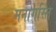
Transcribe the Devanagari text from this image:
मनागस्ति